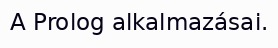
A Prolog alkalmazásai.